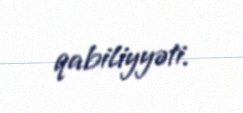
qabiliyyəti.